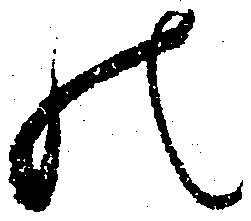
の